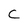
Character: c